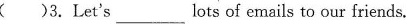
( )3.Let's___lots of emails to our friends.